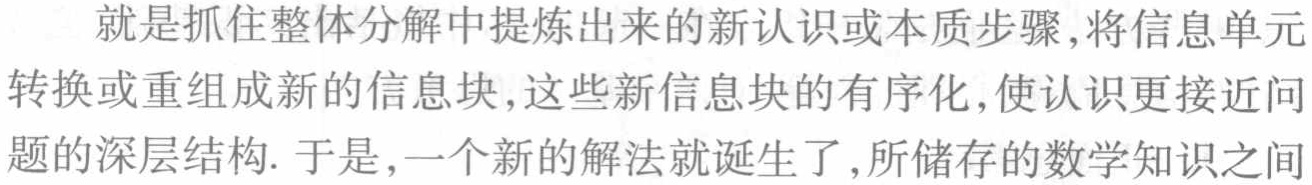
就是抓住整体分解中提炼出来的新认识或本质步骤,将信息单元转换或重组成新的信息块,这些新信息块的有序化,使认识更接近问题的深层结构. 于是,一个新的解法就诞生了,所储存的数学知识之间